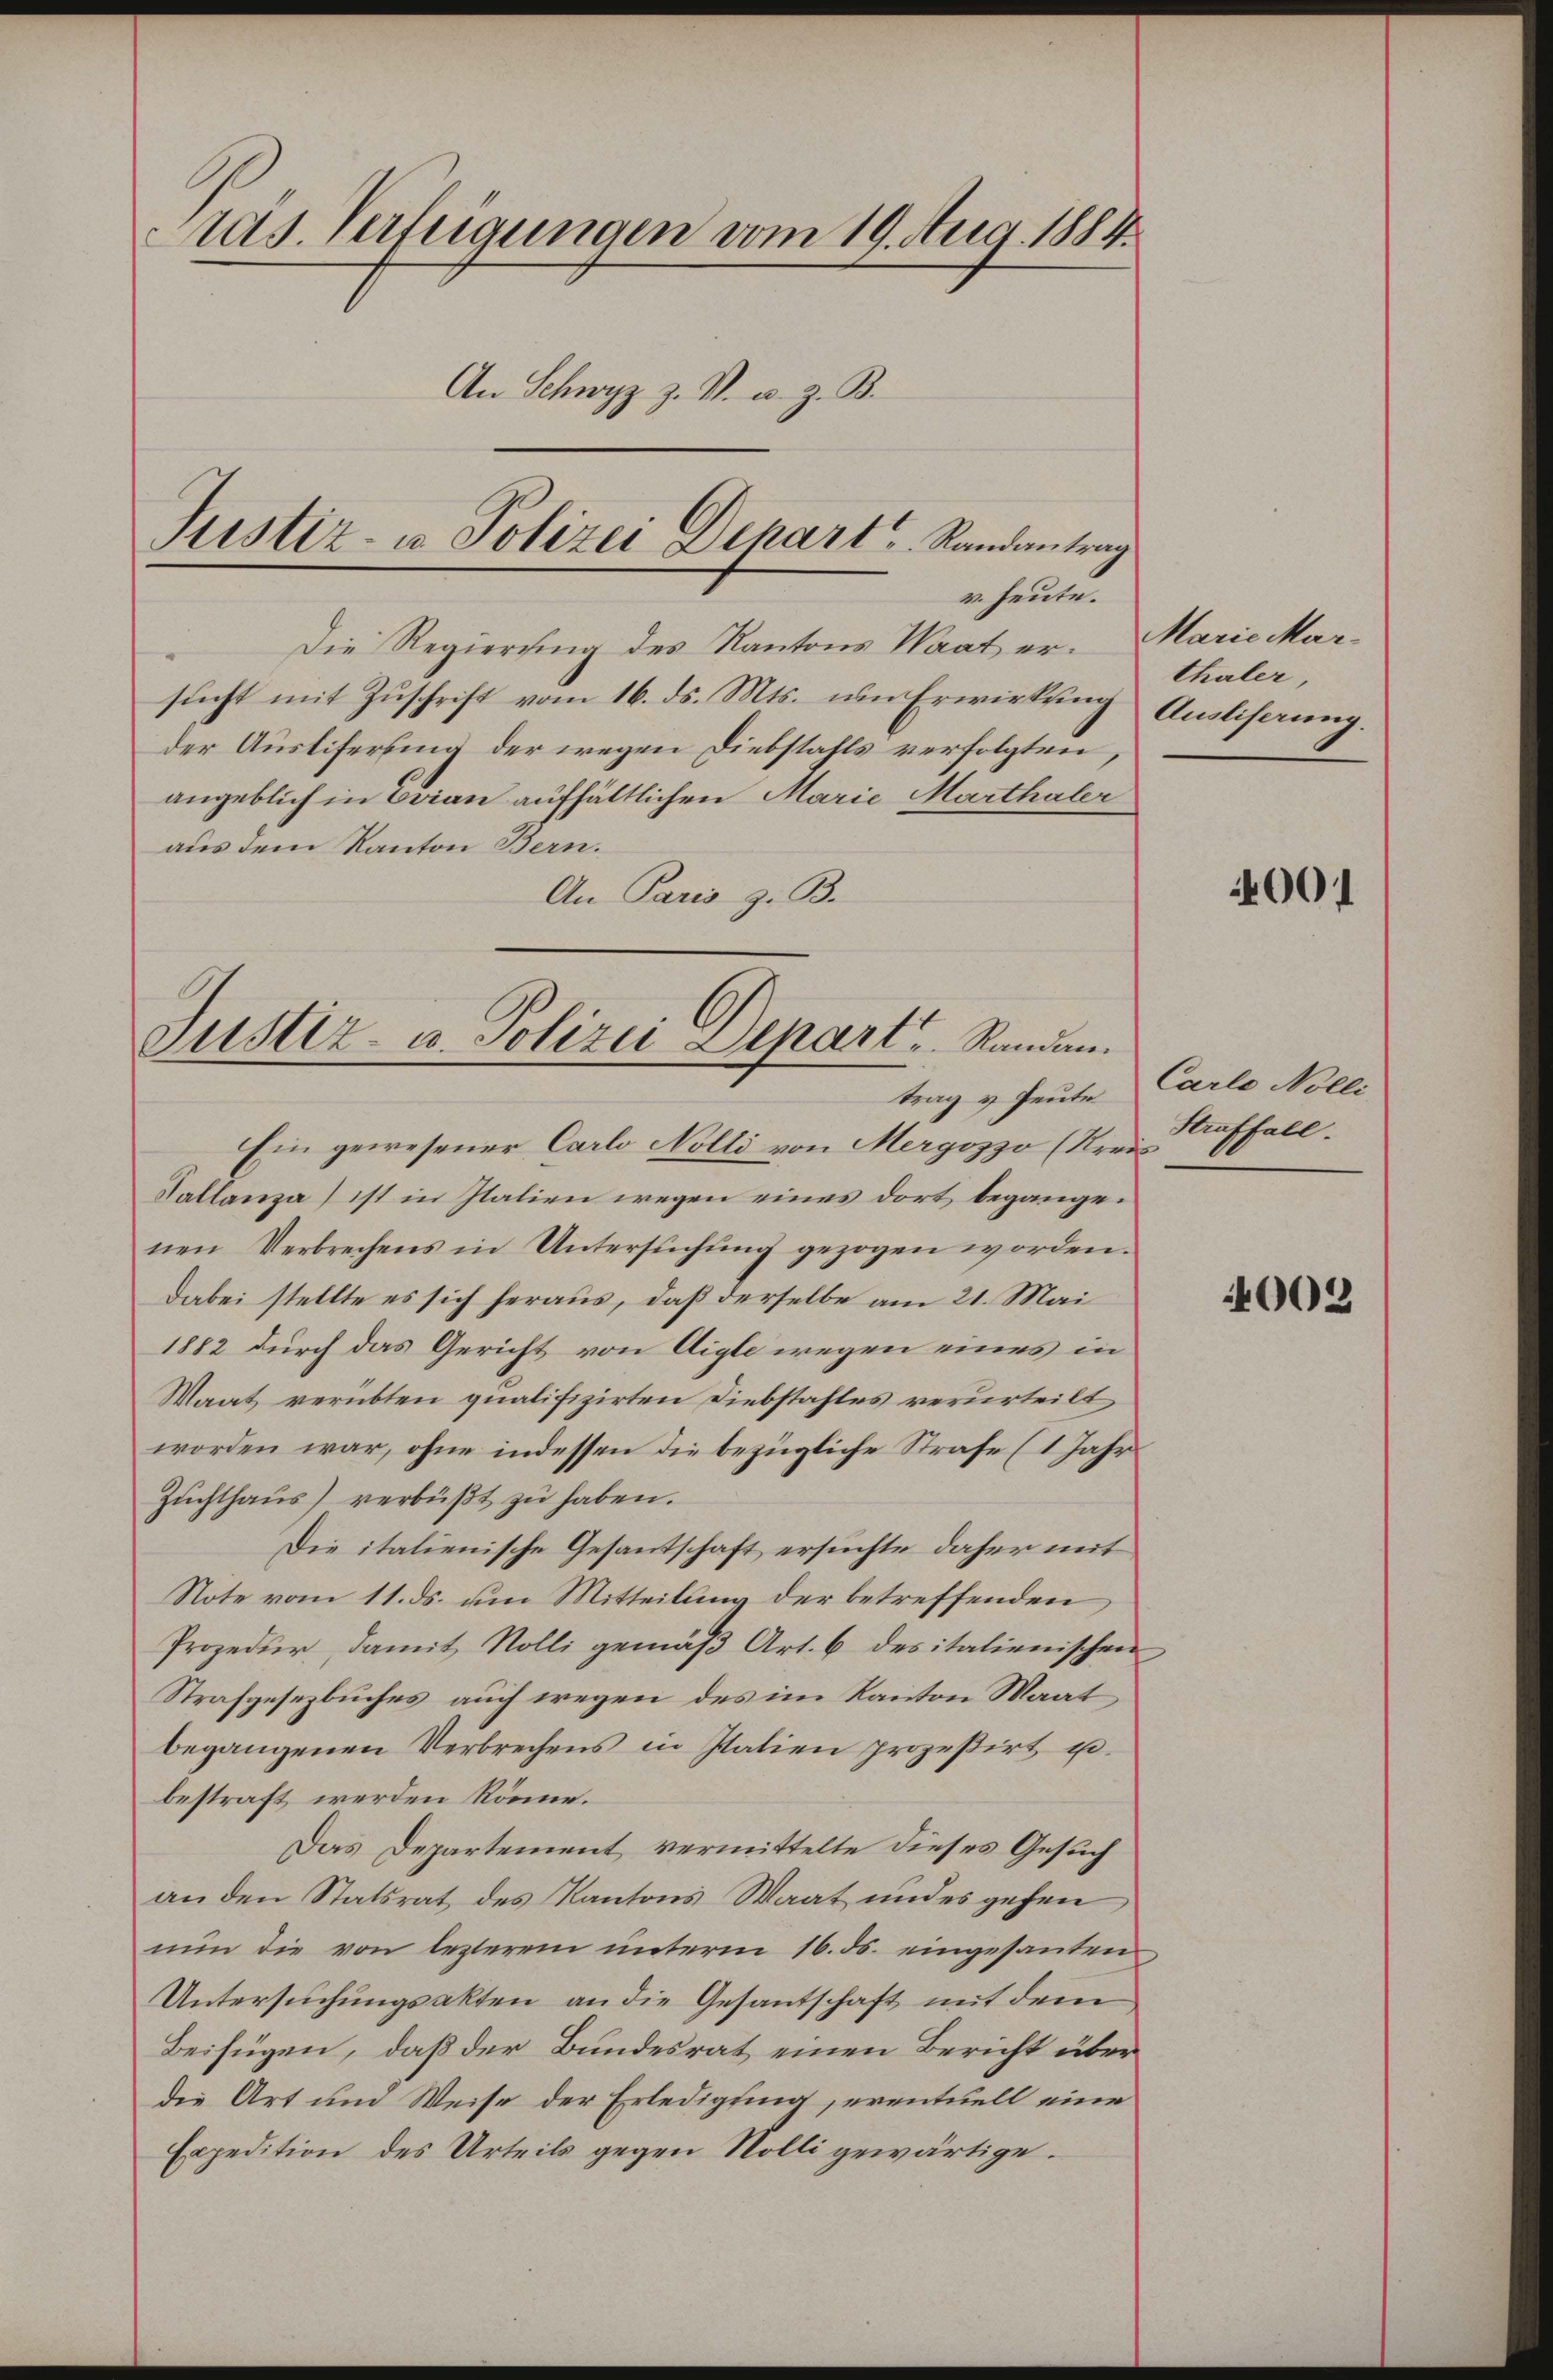
Aas. Verfügungen vom 19. Aug. 1884.
An Schwyz z. R. u. z. B.
Justiz- u. Polizei Depart Randantrag

v. heute.
Die Regierung des Kantons Waat er- Marie Marsucht mit Zuschrift vom 16. ds. Mts. um Erwirkung Ausliserung.
der Austiferung der wegen Diebstahls verfolgten,
angeblich in Evian aufhältlichen Marie Marthaler
aus dem Kanton Bern.
An Paris z. B.

Justiz- u. Polizei Depart ..  Randen.
trag v. Heute

Ein gewesener Carlo Nolli von Mergozzo (Kreis
Kallanza ist in Italien wegen eines dort begangenen Verbrechens in Untersuchung gezogen worden.
Dabei stellte es sich heraus, daß derselbe am 21. Mai
1882 durch das Gericht von Aigle wegen eines in
Waat verübten qualifizirten Diebstahles verurteilt
worden war, ohne indessen die bezügliche Strafe (1 Jahr
Zŭchthaŭs) verbüβt zŭ haben.
Die italienische Gesantschaft ersuchte daher mit
Note vom 11. ds. um Mitteilung der betreffenden
Prozedur, damit Nolli gemäβ Art. 6 des italienischen
Strafgesetzbuches auch wegen des im Kanton Maat
begangenen Verbrechens in Italien prozesirt u.
bestraft werden könne.
Das Departement vermittelte dieses Gesuch
an den Statsrat des Kantons Waat und es gehen
nŭn die von lezterem ŭnterm 16. ds. eingesanten
Untersuchungsakten an die Gesantschaft mit dem
Beifügen, daß der Bundesrat einen Bericht über
die Art um Weise der Erledigung, eventuell eine
Expedition des Urteils gegen Rolli gewärtige.

thaler,

4001

Carlo Nolli
Straffall.

4002